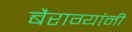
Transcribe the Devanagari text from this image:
बैराग्यांनी